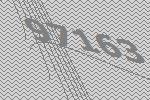
97163